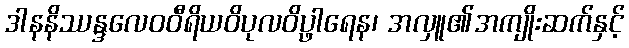
ဒါနနိဿန္ဒလေဝဝီရိယဝိပုလဝိပ္ဖါရေန၊ အလှူ၏အကျိုးဆက်နှင့်